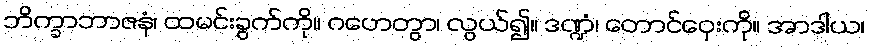
ဘိက္ခာဘာဇနံ၊ ထမင်းခွက်ကို။ ဂဟေတွာ၊ လွယ်၍။ ဒဏ္ဍံ၊ တောင်ဝှေးကို။ အာဒါယ၊